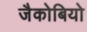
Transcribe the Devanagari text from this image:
जैकोबियो